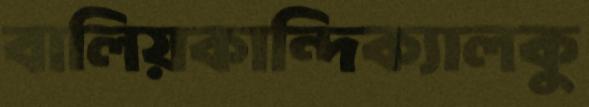
বালিয়কান্দিক্যালকু